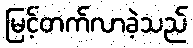
မြင့်တက်လာခဲ့သည်